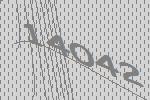
14042